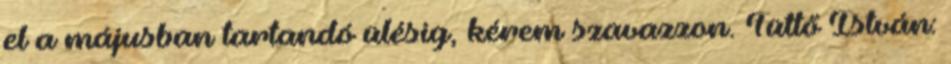
el a májusban tartandó ülésig, kérem szavazzon. Tüttő István: